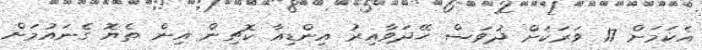
އެކަމަށް 17 ވަރަކަށް ދުވަސް ހޭދަވާއިރު އިންޑިއާ ކޮޗިން އިން ތެޔޮ ގެނައުމަށް